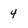
Character: 4